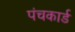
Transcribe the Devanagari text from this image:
पंचकार्ड